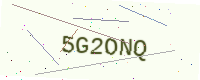
Text: 5G2ONQ